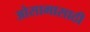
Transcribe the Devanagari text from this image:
ओसामासाठी